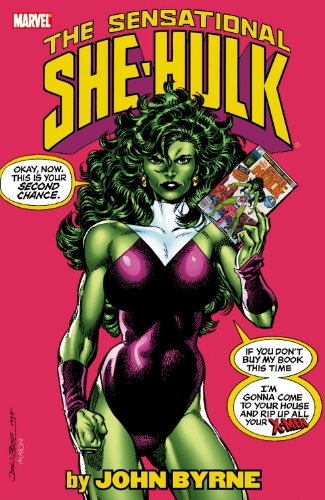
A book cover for Sensational She-Hulk, Vol. 1; John Byrne; Comics & Graphic Novels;